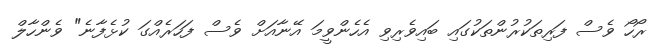
ރޯހޯ ވެސް ފަރިތަކުރުންތަކުގައި ބައިވެރިވި އެހެންވީމަ އޭނާއަށް ވެސް ފަހަރެއްގަ ކުޅެފާނެ" ވެންހާލް